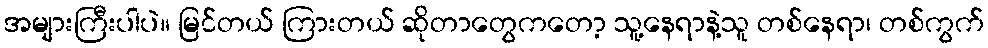
အများကြီးပါပဲ။ မြင်တယ် ကြားတယ် ဆိုတာတွေကတော့ သူ့နေရာနဲ့သူ တစ်နေရာ၊ တစ်ကွက်